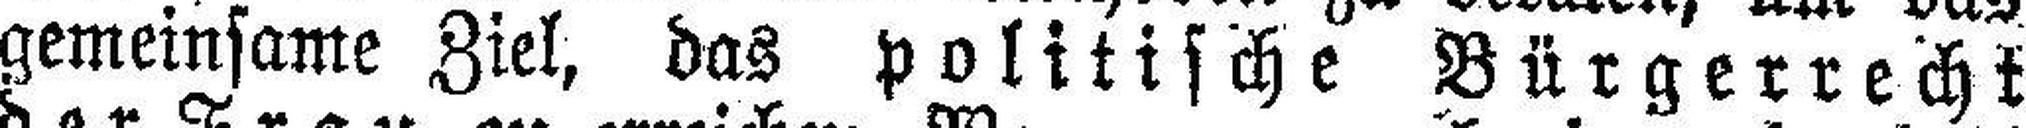
gemeinsame Ziel, das politische Bürgerrecht